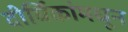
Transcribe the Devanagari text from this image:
दीर्घिकांमधून